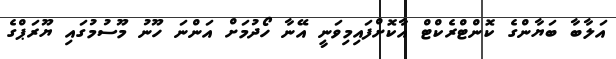
އަލާބާ ބަޔާންގެ ކޮންޓްރެކްޓް އާކޮށްފައިމިވަނީ އޭނާ ހޯދުމަށް އަންނަ ހޫނު މޫސުމުގައި ޔޫރަޕްގެ